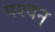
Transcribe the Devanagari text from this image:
पश्यन्‌